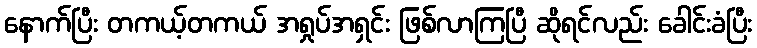
နောက်ပြီး တကယ့်တကယ် အရှုပ်အရှင်း ဖြစ်လာကြပြီ ဆိုရင်လည်း ခေါင်းခံပြီး